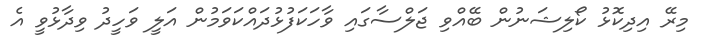
މިރޭ އިދިކޮޅު ކޯލިޝަނުން ބޭއްވި ޖަލްސާގައި ވާހަކަފުޅުދައްކަވަމުން އަލީ ވަހީދު ވިދާޅުވީ އެ